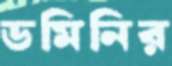
ডমিনির